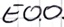
Text: E0.0